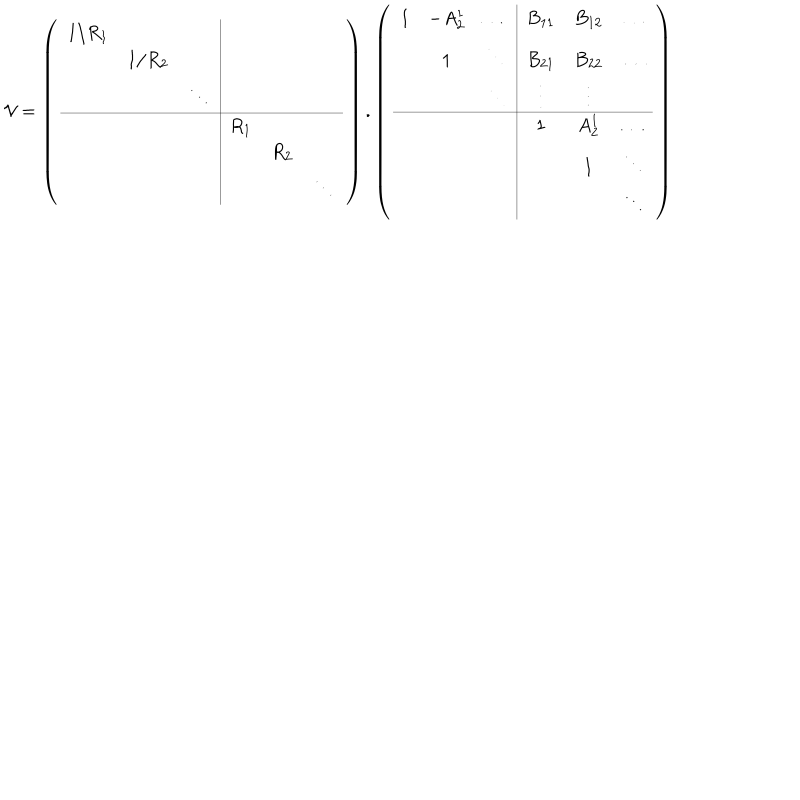
\mathcal { V } = \left( \begin{array} { c c c | c c c } { { 1 / R _ { 1 } } } & { { } } & { { } } & { { } } & { { } } & { { } } \\ { { } } & { { 1 / R _ { 2 } } } & { { } } & { { } } & { { } } & { { } } \\ { { } } & { { } } & { { \ddots } } & { { } } & { { } } & { { } } \\ \hline { { } } & { { } } & { { } } & { { R _ { 1 } } } & { { } } & { { } } \\ { { } } & { { } } & { { } } & { { } } & { { R _ { 2 } } } & { { } } \\ { { } } & { { } } & { { } } & { { } } & { { } } & { { \ddots } } \\ \end{array} \right) . \left( \begin{array} { c c c | c c c } { { 1 } } & { { - A _ { 2 } ^ { 1 } } } & { { \dots } } & { { B _ { 1 1 } } } & { { B _ { 1 2 } } } & { { \dots } } \\ { { } } & { { 1 } } & { { \ddots } } & { { B _ { 2 1 } } } & { { B _ { 2 2 } } } & { { \dots } } \\ { { } } & { { } } & { { \ddots } } & { { \vdots } } & { { \vdots } } & { { } } \\ \hline { { } } & { { } } & { { } } & { { 1 } } & { { A _ { 2 } ^ { 1 } } } & { { \dots } } \\ { { } } & { { } } & { { } } & { { } } & { { 1 } } & { { \ddots } } \\ { { } } & { { } } & { { } } & { { } } & { { } } & { { \ddots } } \\ \end{array} \right)